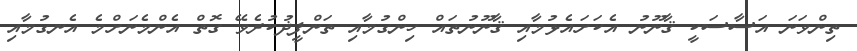
ތިންވަނަ އަސާސަކީ ޤާނޫނު އެކަށައެޅުމާއި ޤާނޫނުތައް ހިންގުމާއި ތަންފީޛުކުރެވޭ ގޮތް އެންމެނަށްމެ އެނގުމާއި